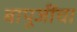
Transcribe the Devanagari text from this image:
बापूजींचा